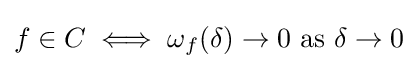
f\in C\iff \omega _{f}(\delta )\to 0{\text{ as }}\delta \to 0